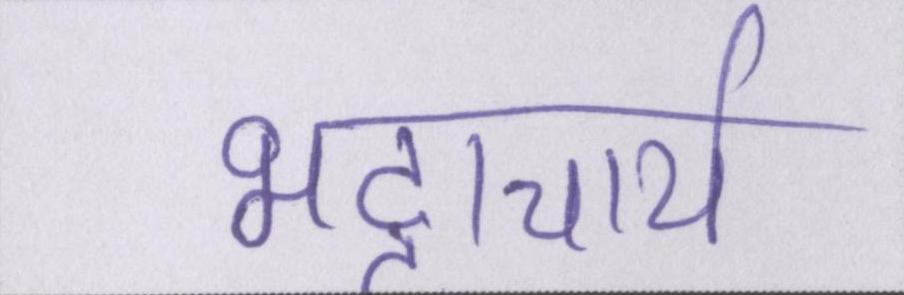
भट्टाचार्य